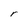
Character: r